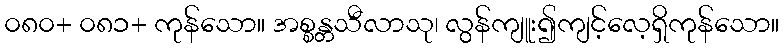
၀၈၀+ ၀၈၁+ ကုန်သော။ အစ္စန္တသီလာသု၊ လွန်ကျူး၍ကျင့်လေ့ရှိကုန်သော။